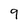
Character: 9